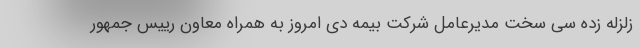
زلزله زده سی سخت مدیرعامل شرکت بیمه دی امروز به همراه معاون رییس جمهور